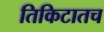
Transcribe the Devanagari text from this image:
तिकिटातच